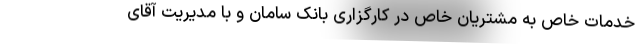
خدمات خاص به مشتریان خاص در کارگزاری بانک سامان و با مدیریت آقای